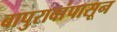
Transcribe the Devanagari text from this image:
बापुरावांपासून